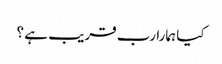
کیا ہمارا رب قریب ہے ؟